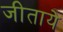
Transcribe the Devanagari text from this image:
जीताये